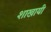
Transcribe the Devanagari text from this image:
शाखायी